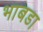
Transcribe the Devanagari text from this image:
भाबडा